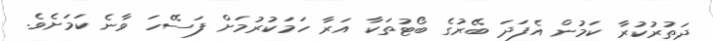
ދަތުރުކުރާ ކަމުން އެފަދަ ބޭރުގެ ބޯޓުތަކާ އަރާ ހަމަކުރުމަށް ފަސޭހަ ވާނެ ކަމަށެވެ.